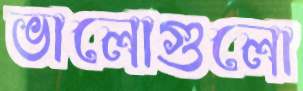
ভালোগুলো